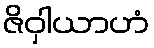
ဇိဝှါယာဟံ